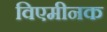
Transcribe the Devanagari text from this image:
विएमीनक